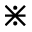
\divideontimes